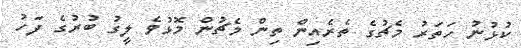
ކުޅުނު ހަތަރު މެޗުގެ ތެރެއިން ތިން މެޗުން މޮޅުވެ ލީގު ބުރުގެ ފަހު